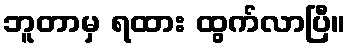
ဘူတာမှ ရထား ထွက်လာပြီ။